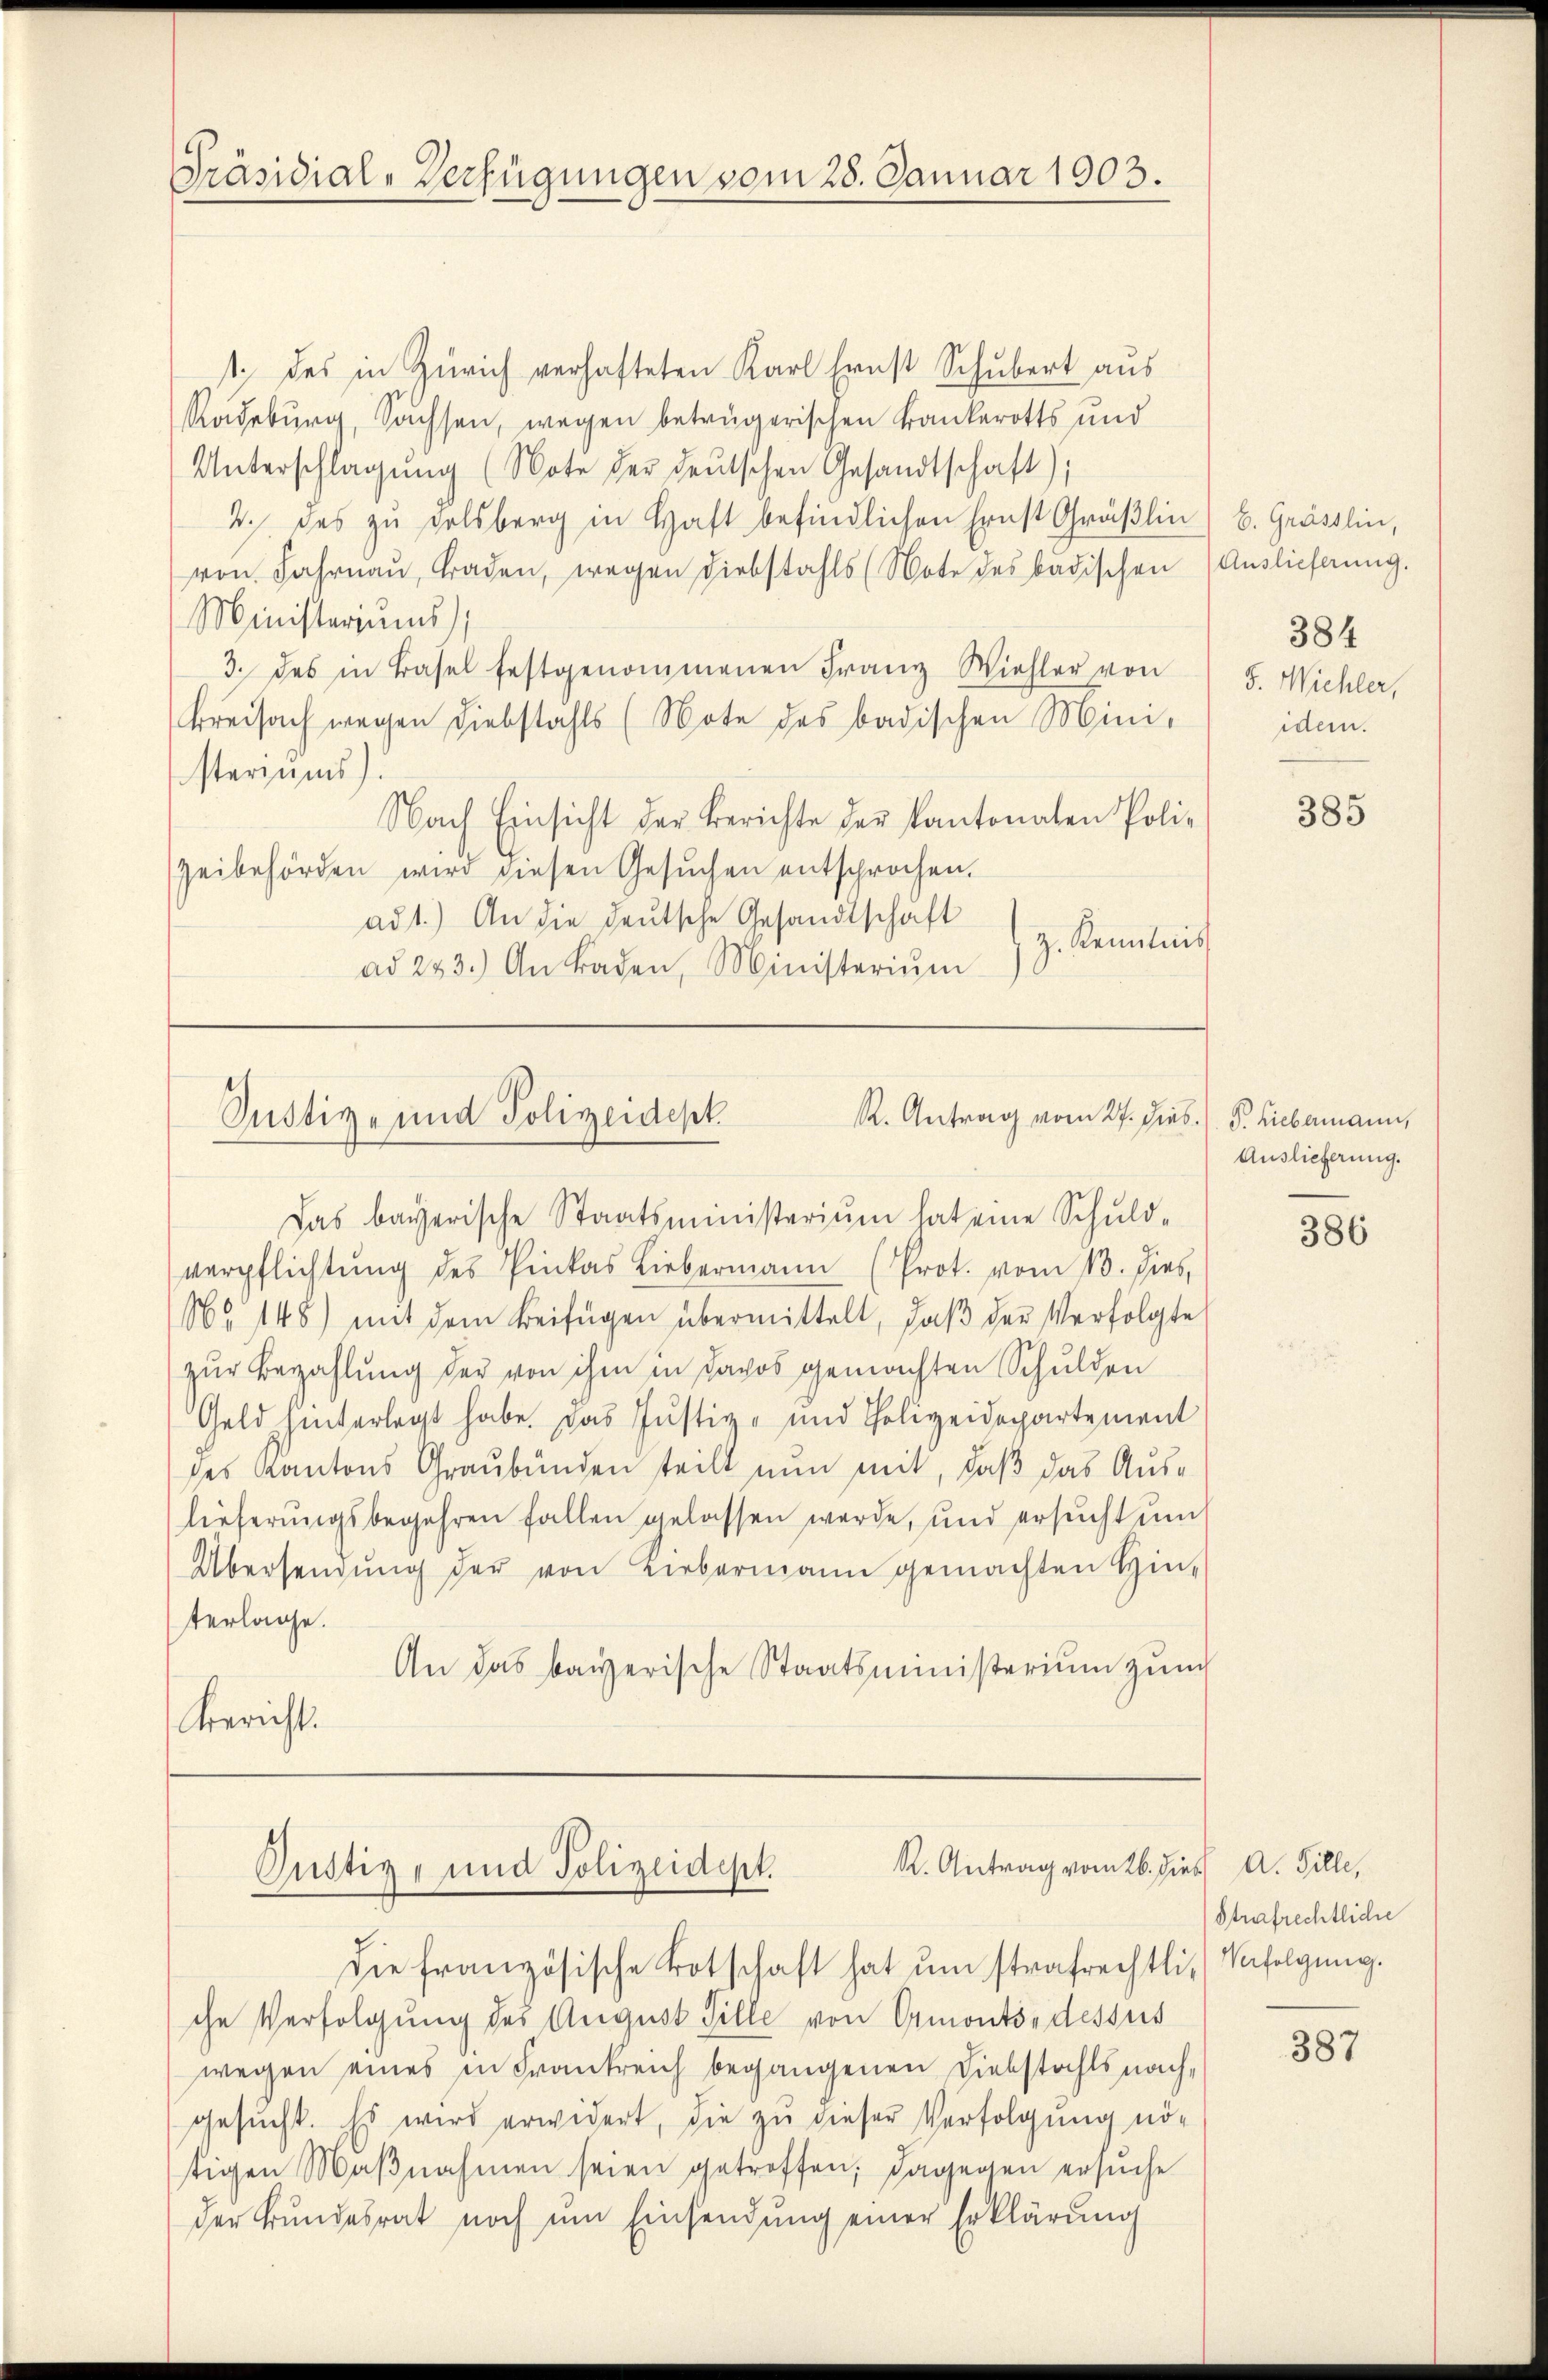
Präsidial-Verfügungen vom 28. Januar 1903.

1. des in Zürich verhafteten Karl Ernst Schubert aus
Radeburg, Sachsen, wegen betrügerischen Bankerotts und
Unterschlagung (Note der deŭtschen Gesandtschaft);
2.) Das zu solsberg in Haft befindlichen Ernst Gräßlin) b. Grässlin,
von Jahrnau, traden, wegen Diebstahls (Note des badischen (Auslieferung.
Ministeriums,
3. des in Basel festgenommenen Franz Wiehler von 5. Michler,
kreisach wegen Diebstahls (Note des badischen Mini-
steriums.
Nach Einsicht der Berichte der Kantonalen Poli-
Zeibehörden wird diesen Gesŭchen entsprochen.
ad1.) An die deutsche Gesandtschaft
z. Kenntnis
ad 243.) An Baden, Ministerium

R. Antrag vom 27. hies. (T. Liebermann,
Justiz- und Polizeidept
Das bayerische Staatsministerium hat eine Schuld-

R. Antrag vom 16. dies A. Fille,
Justiz- und Polizeidept.
die französische Botschaft hat um strafrechtli, Verfolgung.

384
idem.

verpflichtung des Pinkas Liebermann (Prot. vom 13. dies,
Nr 148) mit dem Beifügen übermittelt, daβ der Verfolgte
zur Bezahlung der von ihm in Davos gemachten Schulden
Geld hinterlegt habe. Das Justiz- und Polizeidepartement
des Kantons Graubünden teilt nun mit, daß das Auslieferungsbegehren fallen gelassen werde, und ersŭcht um
Übersendŭng der von Liebermann gemachten Hin-
terlage.
An das bayerische Staatsministerium zum
Bericht.

che Verfolgung des August Gille von Ormonts, dessus
wegen eines in Frankreich begangenen Diebstachtsnach-
gesŭcht. Es wird erwidert, die zu dieser Verfolgung nö-
tigen Maβnahmen seien getroffen; dagegen ersuche
der Bŭndesrat noch ŭm Einsendŭng einer Erklärŭng

385

Auslieferung.

386

Strafrechtliche

387